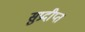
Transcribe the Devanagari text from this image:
सुप्रदीप्त